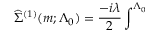
\widehat { \Sigma } ^ { ( 1 ) } ( m ; \Lambda _ { 0 } ) = \frac { - i \lambda } 2 \int ^ { \Lambda _ { 0 } }